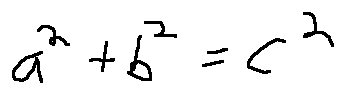
a ^ { 2 } + b ^ { 2 } = c ^ { 2 }